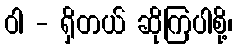
ဝါ - ရှိတယ် ဆိုကြပါစို့၊